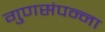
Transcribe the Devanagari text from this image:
गुणसंपन्ना